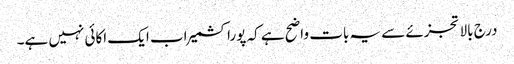
درج بالا تجزئے سے یہ بات واضح ہے کہ پوراکشمیر اب ایک اکائی نہیں ہے۔